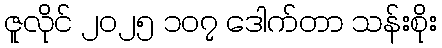
ဇူလိုင် ၂၀၂၅ ၁၀၇ ဒေါက်တာ သန်းစိုး